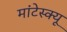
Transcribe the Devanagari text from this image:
मांटेस्क्यू